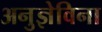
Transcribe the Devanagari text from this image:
अनुज्ञेविना